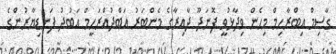
ގާސިމް އިބްރާހިމް މިހެން ވިދާޅުވީ ފޮނަދޫ ދާއިރާގެ މެންބަރު އަބްދުއްރަހީމް އަަބުދު ފަނޑިޔާރުންގެ